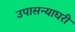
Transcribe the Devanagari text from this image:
उपासन्याघरी